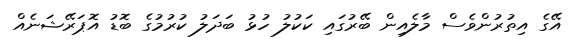
އޭގެ އިތުރުންވެސް މާލެއިން ބޭރުގައި ކަކުލު ހުޅު ބަދަލު ކުރުމުގެ ބޮޑު އޮޕަރޭޝަނެއް